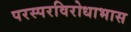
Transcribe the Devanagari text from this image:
परस्परविरोधाभास